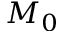
M _ { 0 }